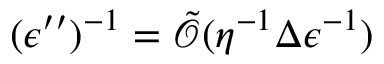
( \epsilon ^ { \prime \prime } ) ^ { - 1 } = \tilde { \mathcal { O } } ( \eta ^ { - 1 } { \Delta } { \epsilon } ^ { - 1 } )